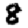
Digit: 8